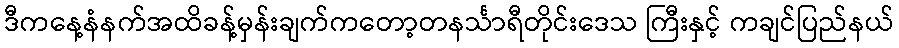
ဒီကနေ့နံနက်အထိခန့်မှန်းချက်ကတော့တနင်္သာရီတိုင်းဒေသ ကြီးနှင့် ကချင်ပြည်နယ်